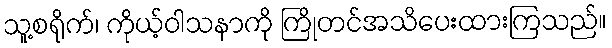
သူ့စရိုက်၊ ကိုယ့်ဝါသနာကို ကြိုတင်အသိပေးထားကြသည်။